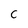
Character: C